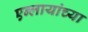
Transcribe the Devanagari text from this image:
एन्लायांच्या